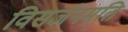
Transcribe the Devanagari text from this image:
विसर्जनमति